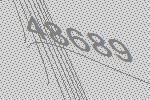
48689